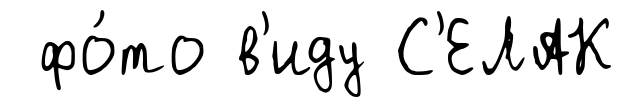
фо́то в'иду С'ЕЛАК